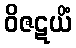
ဝိဇဋယိံ